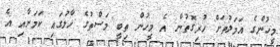
މީހުންގެ އަމަލުތަށް ހުރިގޮތުން އެ މީހުން ތިބީ މަސްތުގެ ހާލުގައި ކަމަށާއި އެ